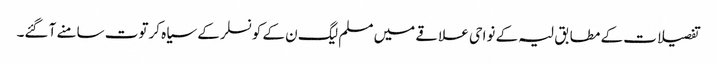
تفصیلات کے مطابق لیہ کے نواحی علاقے میں مسلم لیگ ن کے کونسلر کے سیاہ کرتوت سامنے آ گئے۔